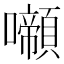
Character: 𡄶